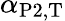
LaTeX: \alpha_{\mathrm{P2},\mathrm{T}}